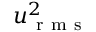
u _ { \mathrm { ~ r ~ m ~ s ~ } } ^ { 2 }